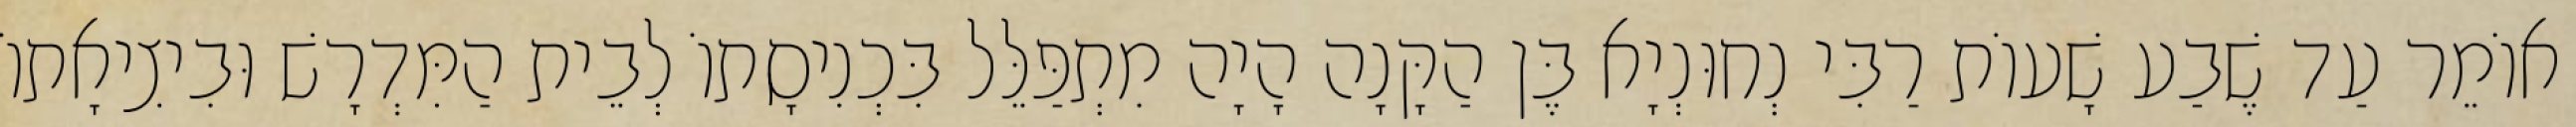
אוֹמֵר עַד שֶׁבַע שָׁעוֹת רַבִּי נְחוּנְיָא בֶּן הַקָּנָה הָיָה מִתְפַּלֵּל בִּכְנִיסָתוֹ לְבֵית הַמִּדְרָשׁ וּבִיצִיאָתוֹ